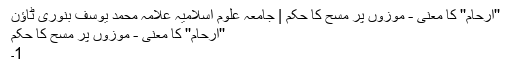
''ارحام'' کا معنی - موزوں پر مسح کا حکم | جامعہ علوم اسلامیہ علامہ محمد یوسف بنوری ٹاؤن
''ارحام'' کا معنی - موزوں پر مسح کا حکم
1۔